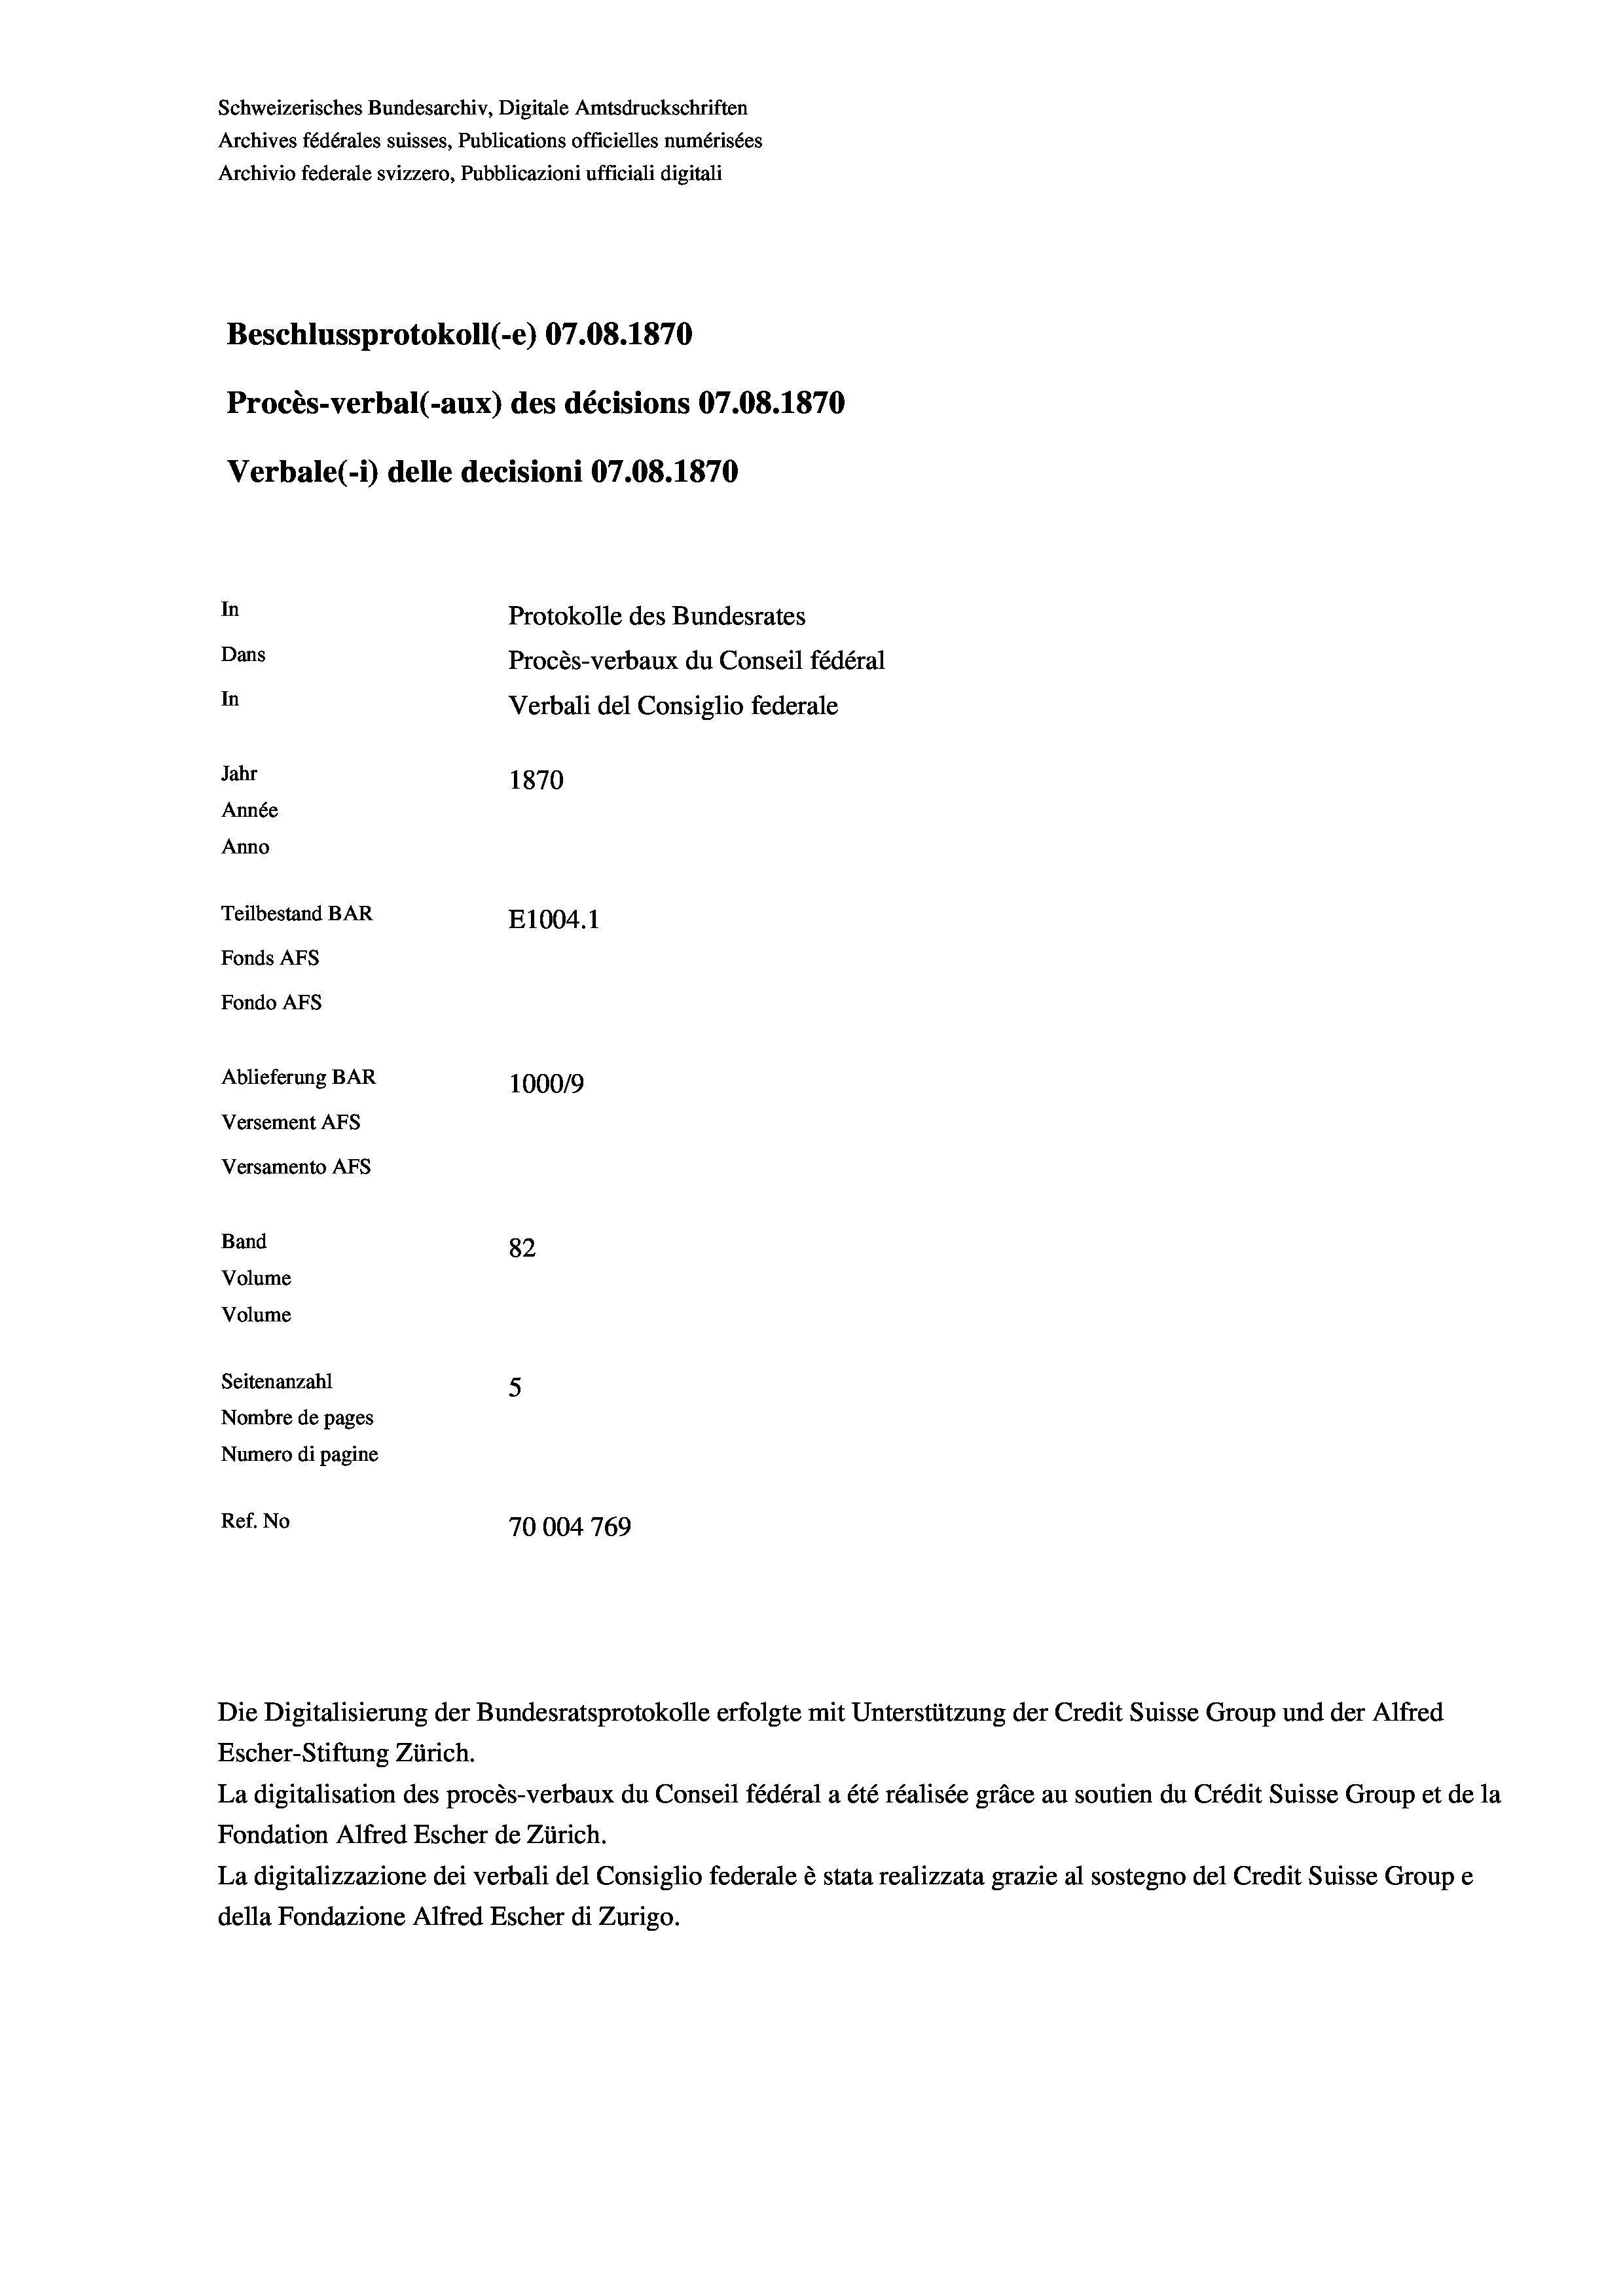
Schweizerisches Bundesarchiv, Digitale Amtsdruckschriften
Archives fédérales suisses, Publications officielles numérisées
Archivio federale svizzero, Pubblicazioni ufficiali digitali
Beschlussprotokoll (-e) 07.08. 1870
Procès-verbal (-aux) des décisions 07.08. 1870
Verbale (i) delle decisioni 07.08. 1870
In
Protokolle des Bundesrates
Dans
Procès-verbaux du Conseil fédéral
In
Verbali del Consiglio federale
Jahr
1870
Année
Anno
Teilbestand BAR
E1004. 1
Fonds Afs
Fondo AFs
Ablieferung BAR
1000/9
Versement AFS
Versamento Afs
Band
82
Volume
Volume
Seitenanzahl
5

Nombre de pages
Numero di pagine
Ref. No
70004 769

Escher-Stiftung Zürich.
La digitalisation des procès-verbaux du Conseil fédéral a été réalisée gräce au soutien du Crédit Suisse Group et de la
Fondation Alfred Escher de Zürich.
La digitalizzazione dei verbali del Consiglio federale è stata realizzata grazie al sostegno del Credit Suisse Groupe
della Fondazione Alfred Escher di Zurigo.

Die Digitalisierung der Bundesratsprotokolle erfolgte mit Unterstützung der Credit Suisse Group und der Alfred